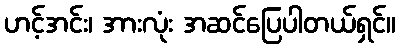
ဟင့်အင်း၊ အားလုံး အဆင်ပြေပါတယ်ရှင်။